Report on the treatment of epidemic cholera: from information collected by the governments of Bengal, Madras, Bombay, N.W. Provinces, Punjab, Oudh, and Central India, by order of the Government of India
Disease focus: Cholera
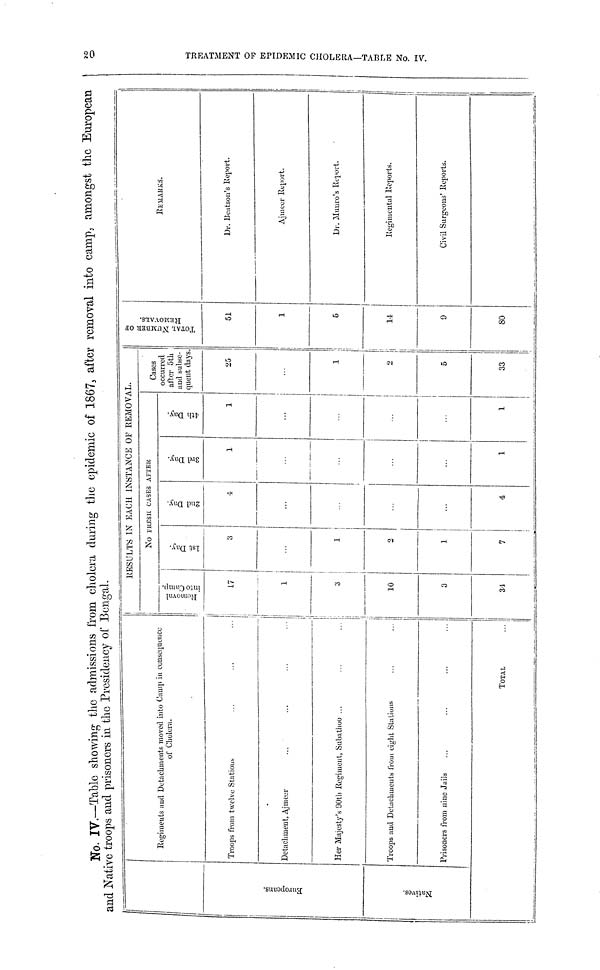
No. No IV.—Table showing the admissions from cholera during the epidemic of 1867, after removal into camp, amongst the European
and Native troops and prisoners in the Presidency of Bengal.
Regiments and Detachments moved into Camp in consequence
II
of Cholera.
Natives
1
Troops from twelve Stations
Detachment, Ajmeer
Her Majesty's 90th Regiment, Subathoo ...
.. !
-
Troops and Detachments from eight Stations
Prisoners from nine Jails
TOTAL
RESULTS IN EACH INSTANCE OP REMOVAL.
NO FRESH CASES
AFTER
!
17
1
1
3
10
3
34
3
i
1
2
1
7
4
...
•
...
4
1
••
...
1
1
...
1
1
25
1
2
5
33
51
1
5
14
9
80
i
REMARKS.
Dr. Beatsou's Report.
Ajmeer Report.
Dr. Munro's Report.
Regmental Reports.
Civil Surgeons' Reports.
O